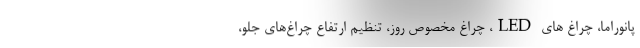
پانوراما، چراغ های LED، چراغ مخصوص روز، تنظیم ارتفاع چراغ‌های جلو،